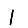
Digit: 1